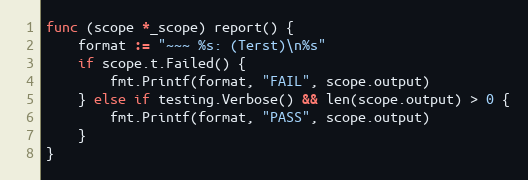
Language: Go
func (scope *_scope) report() {
	format := "~~~ %s: (Terst)\n%s"
	if scope.t.Failed() {
		fmt.Printf(format, "FAIL", scope.output)
	} else if testing.Verbose() && len(scope.output) > 0 {
		fmt.Printf(format, "PASS", scope.output)
	}
}